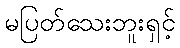
မပြတ်သေးဘူးရှင့်